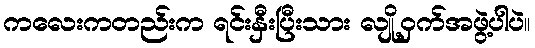
ကလေးကတည်းက ရင်းနှီးပြီးသား လျို့ဝှက်အဖွဲ့ပါပဲ။